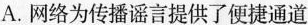
A.网络为传播谣言提供了便捷通道